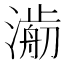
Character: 𣾥